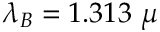
\lambda _ { B } = 1 . 3 1 3 ~ \mu